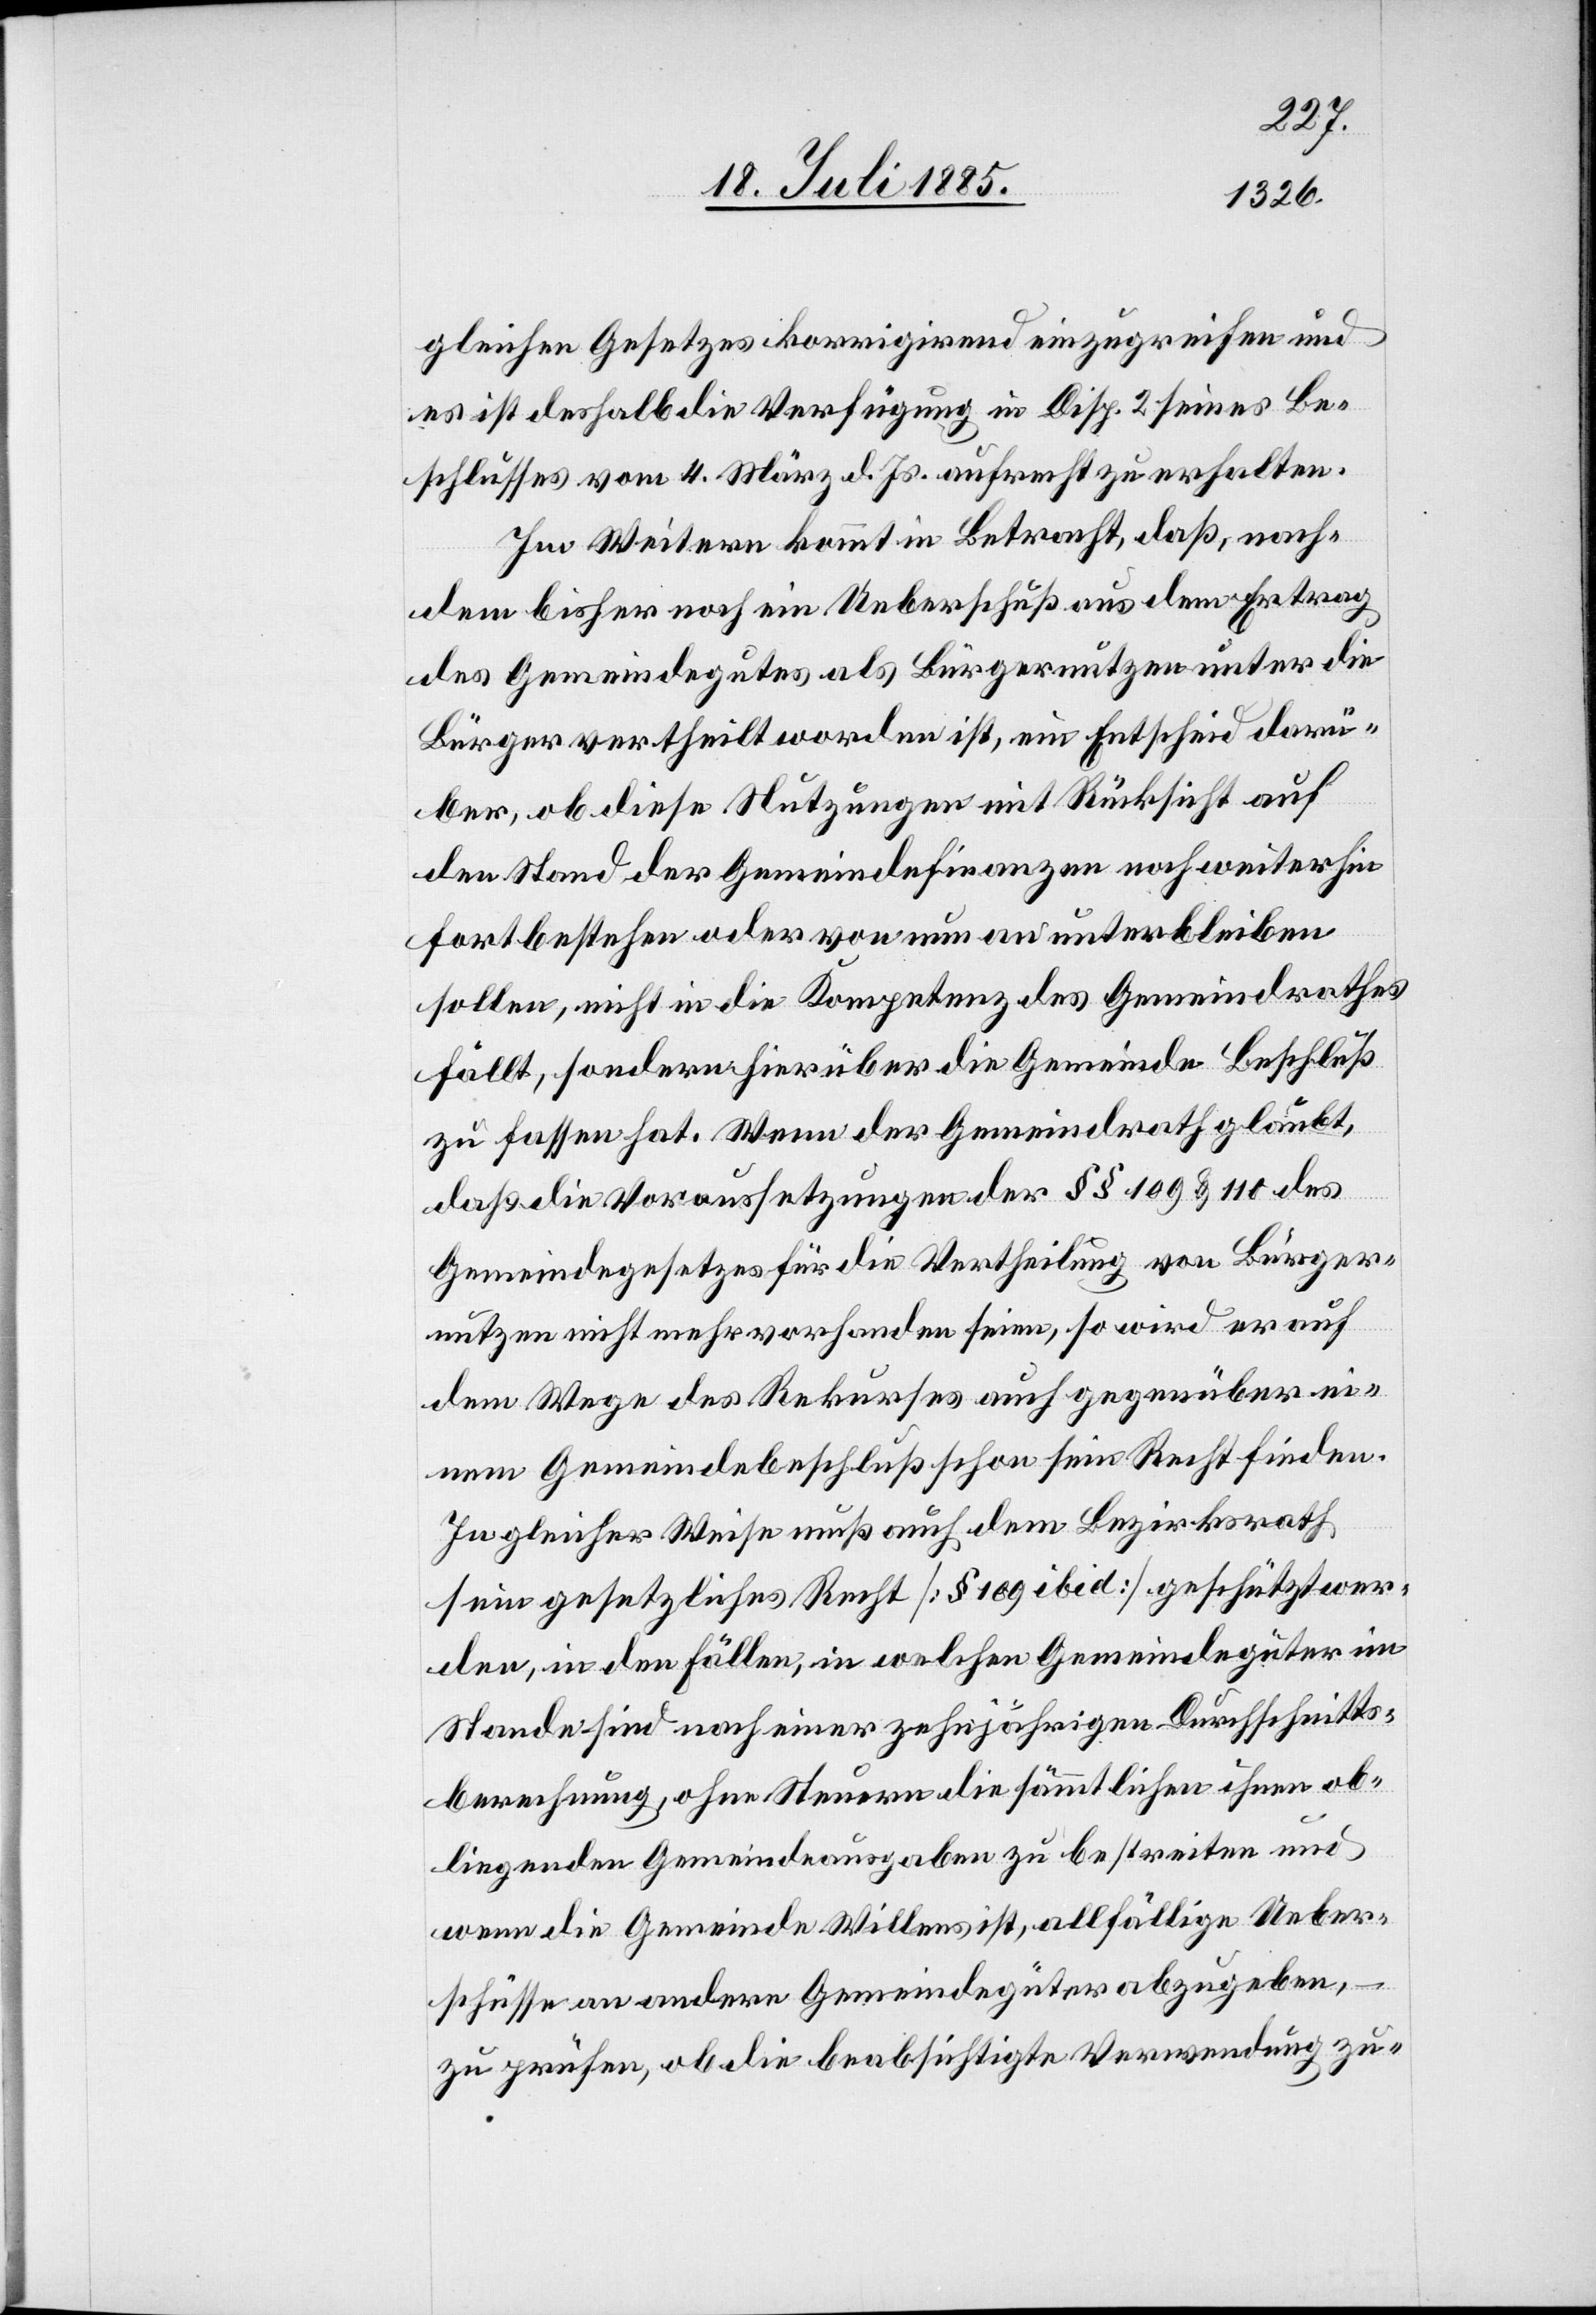
gleichen Gesetzes korrigirend einzugreifen und
es ist deshalb die Verfügung in Disp. 2 seines Be¬
schlusses vom 4. März d. Js. aufrecht zu erhalten.
Im Weitern kommt in Betracht, daß, nach¬
dem bisher noch ein Ueberschuß aus dem Ertrag
des Gemeindegutes als Bürgernutzen unter die
Bürger vertheilt worden ist, ein Entscheid darü¬
ber, ob diese Nutzungen mit Rücksicht auf
den Stand der Gemeindefinanzen noch weiterhin
fortbestehen oder von nun an unterbleiben
sollen, nicht in die Kompetenz des Gemeindrathes
fällt, sondern hierüber die Gemeinde Beschluß
zu fassen hat. Wenn der Gemeindrath glaubt,
daß die Voraussetzungen der §§ 109 & 110 des
Gemeindegesetzes für die Vertheilung von Bürger¬
nutzen nicht mehr vorhanden seien, so wird er auf
dem Wege des Rekurses auch gegenüber ei¬
nem Gemeindebeschluß schon sein Recht finden.
In gleicher Weise muß auch dem Bezirksrath
sein gesetzliches Recht [§ 109 ibid] geschützt wer¬
den, in den Fällen, in welchen Gemeindegüter im
Stande sind nach einer zehnjährigen Durchschnitts¬
berechnung, ohne Steuern die sämmtlichen ihnen ob¬
liegenden Gemeindeausgaben zu bestreiten und
wenn die Gemeinde Willens ist, allfällige Ueber¬
schüsse an andere Gemeindegüter abzugeben,
zu prüfen, ob die beabsichtigte Verwendung zu-